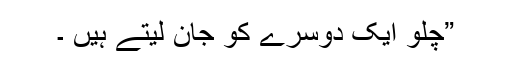
”چلو ایک دوسرے کو جان لیتے ہیں ۔